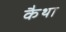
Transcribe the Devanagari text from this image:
कैथा